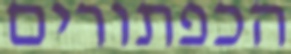
הכפתורים